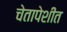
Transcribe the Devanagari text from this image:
चेतापेशींत